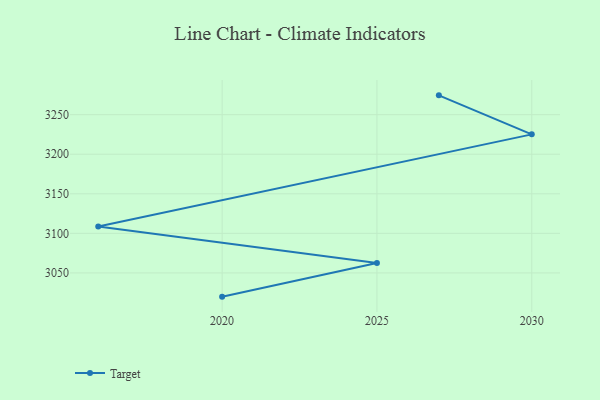
{"axis": {"x": "Year", "y": "Operating Costs (USD K)"}, "legend": ["Target"], "data": [{"x": "2027", "y": 3274.4, "type": "Target"}, {"x": "2030", "y": 3225.1, "type": "Target"}, {"x": "2016", "y": 3108.7, "type": "Target"}, {"x": "2025", "y": 3062.6, "type": "Target"}, {"x": "2020", "y": 3020.0, "type": "Target"}]}